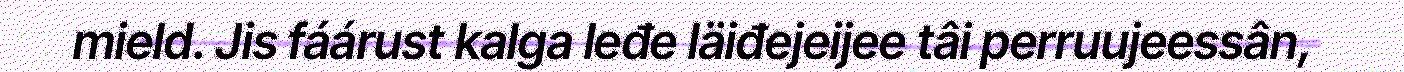
mield. Jis fáárust kalga leđe läiđejeijee tâi perruujeessân,